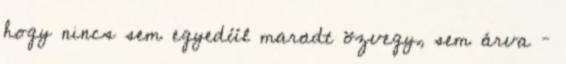
hogy nincs sem egyedül maradt özvegy, sem árva –